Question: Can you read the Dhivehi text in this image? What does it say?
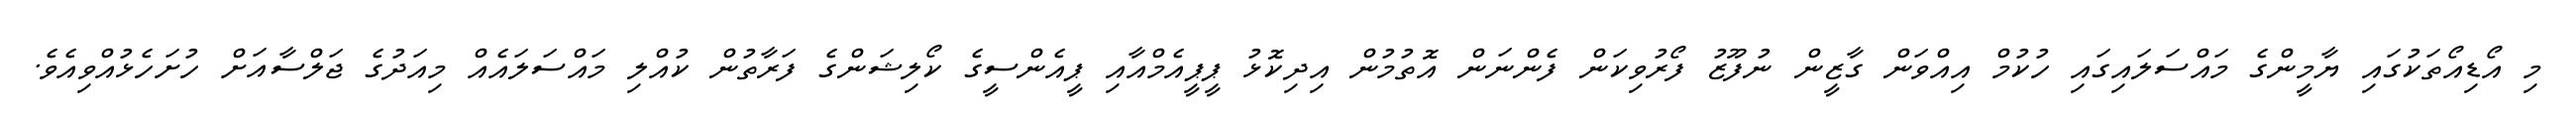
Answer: މި އޯޑިއޯތަކުގައި ޔާމީންގެ މައްސަލައިގައި ހުކުމް އިއްވަން ގާޒީން ނުފޫޒު ފޯރުވިކަން ފެންނަން އޮތުމުން އިދިކޮޅު ޕީޕީއެމްއާއި ޕީއެންސީގެ ކޯލިޝަންގެ ފަރާތުން ކުއްލި މައްސަލައެއް މިއަދުގެ ޖަލްސާއަށް ހުށަހެޅުއްވިއެވެ.